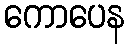
ကောပေန